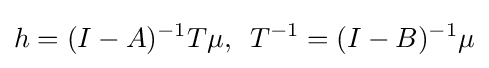
\displaystyle h=(I-A)^{-1}T\mu ,\,\,\,T^{-1}=(I-B)^{-1}\mu